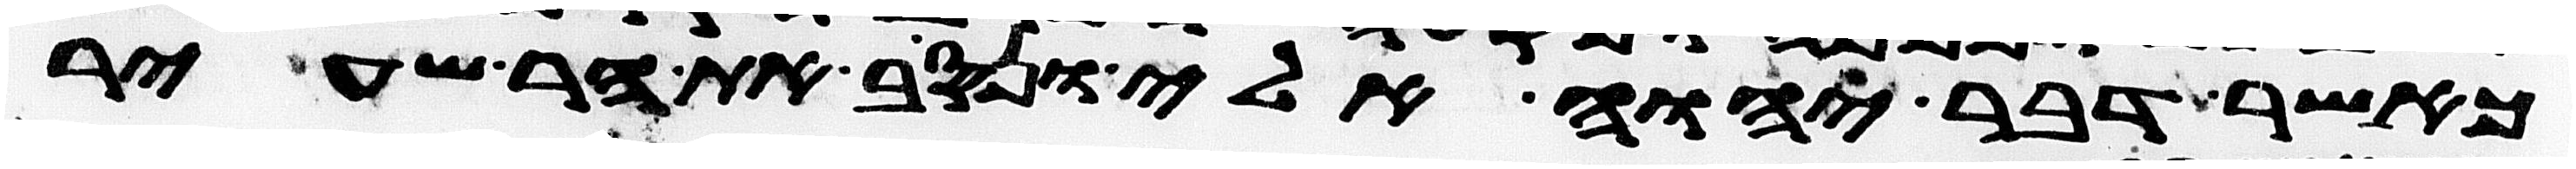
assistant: כאשר דבר יהוה אלי ונסב את הר שעיר